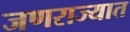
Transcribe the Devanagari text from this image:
जणराज्यात